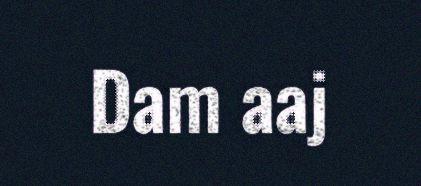
Dam aaj